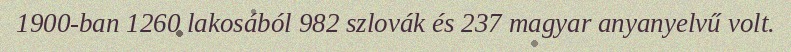
1900-ban 1260 lakosából 982 szlovák és 237 magyar anyanyelvű volt.